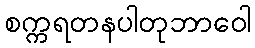
စက္ကရတနပါတုဘာဝေါ